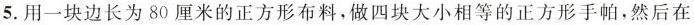
5. 用一块边长为 80 厘米的正方形布料，做四块大小相等的正方形手帕，然后在